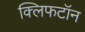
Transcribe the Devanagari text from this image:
क्लिफटॉन